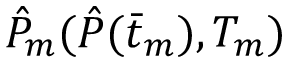
\hat { P } _ { m } ( \hat { P } ( \bar { t } _ { m } ) , T _ { m } )